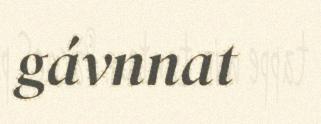
gávnnat